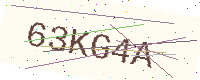
Text: 63KG4A